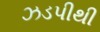
ઝડપીથી